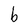
Character: b